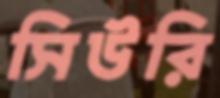
সিউরি